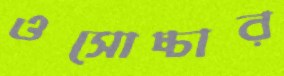
ওসোচ্চার